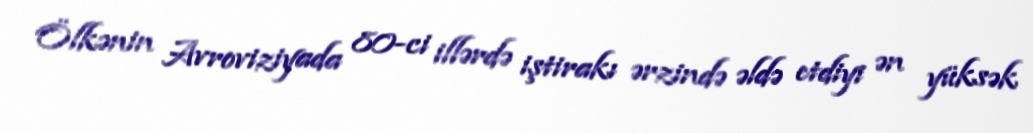
Ölkənin Avroviziyada 80-ci illərdə iştirakı ərzində əldə etdiyi ən yüksək